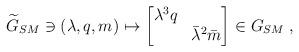
LaTeX: \begin{align*}\widetilde{G}_{SM}\ni (\lambda,q,m)\mapsto \begin{bmatrix}\lambda^3q \\ &\bar\lambda^2\bar m\end{bmatrix}\in G_{SM} \;,\end{align*}